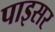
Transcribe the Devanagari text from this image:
पाइसर